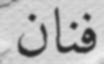
فنان